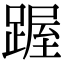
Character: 䠎